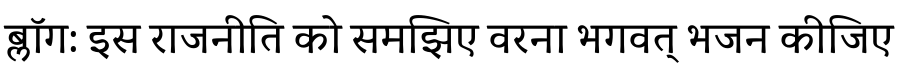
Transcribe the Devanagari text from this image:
ब्लॉग: इस राजनीति को समझिए वरना भगवत् भजन कीजिए